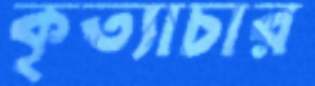
কৃত্যাচার